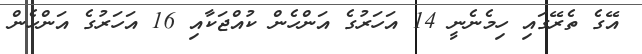
އޭގެ ތެރޭގައި ހިމެނެނީ 14 އަހަރުގެ އަންހެން ކުއްޖަކާއި 16 އަހަރުގެ އަންހެން